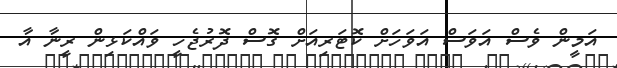
އަމީން ވެސް އަވަސް އަވަހަށް ކޮޓަރިއަށް ގޮސް ދޮރުޖެހީ ވައްކަޅިން ރީނާ އާ